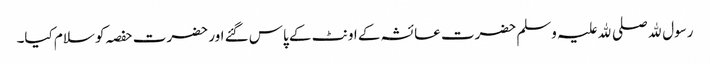
رسول ﷲ صلی ﷲ علیہ وسلم حضرت عائشہ کے اونٹ کے پاس گئے اور حضرت حفصہ کو سلام کیا۔